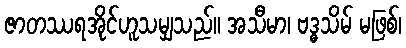
ဇာတဿရအိုင်ဟူသမျှသည်။ အသီမာ၊ ဗဒ္ဓသိမ် မဖြစ်၊